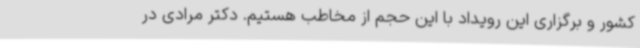
کشور و برگزاری این رویداد با این حجم از مخاطب هستیم. دکتر مرادی در